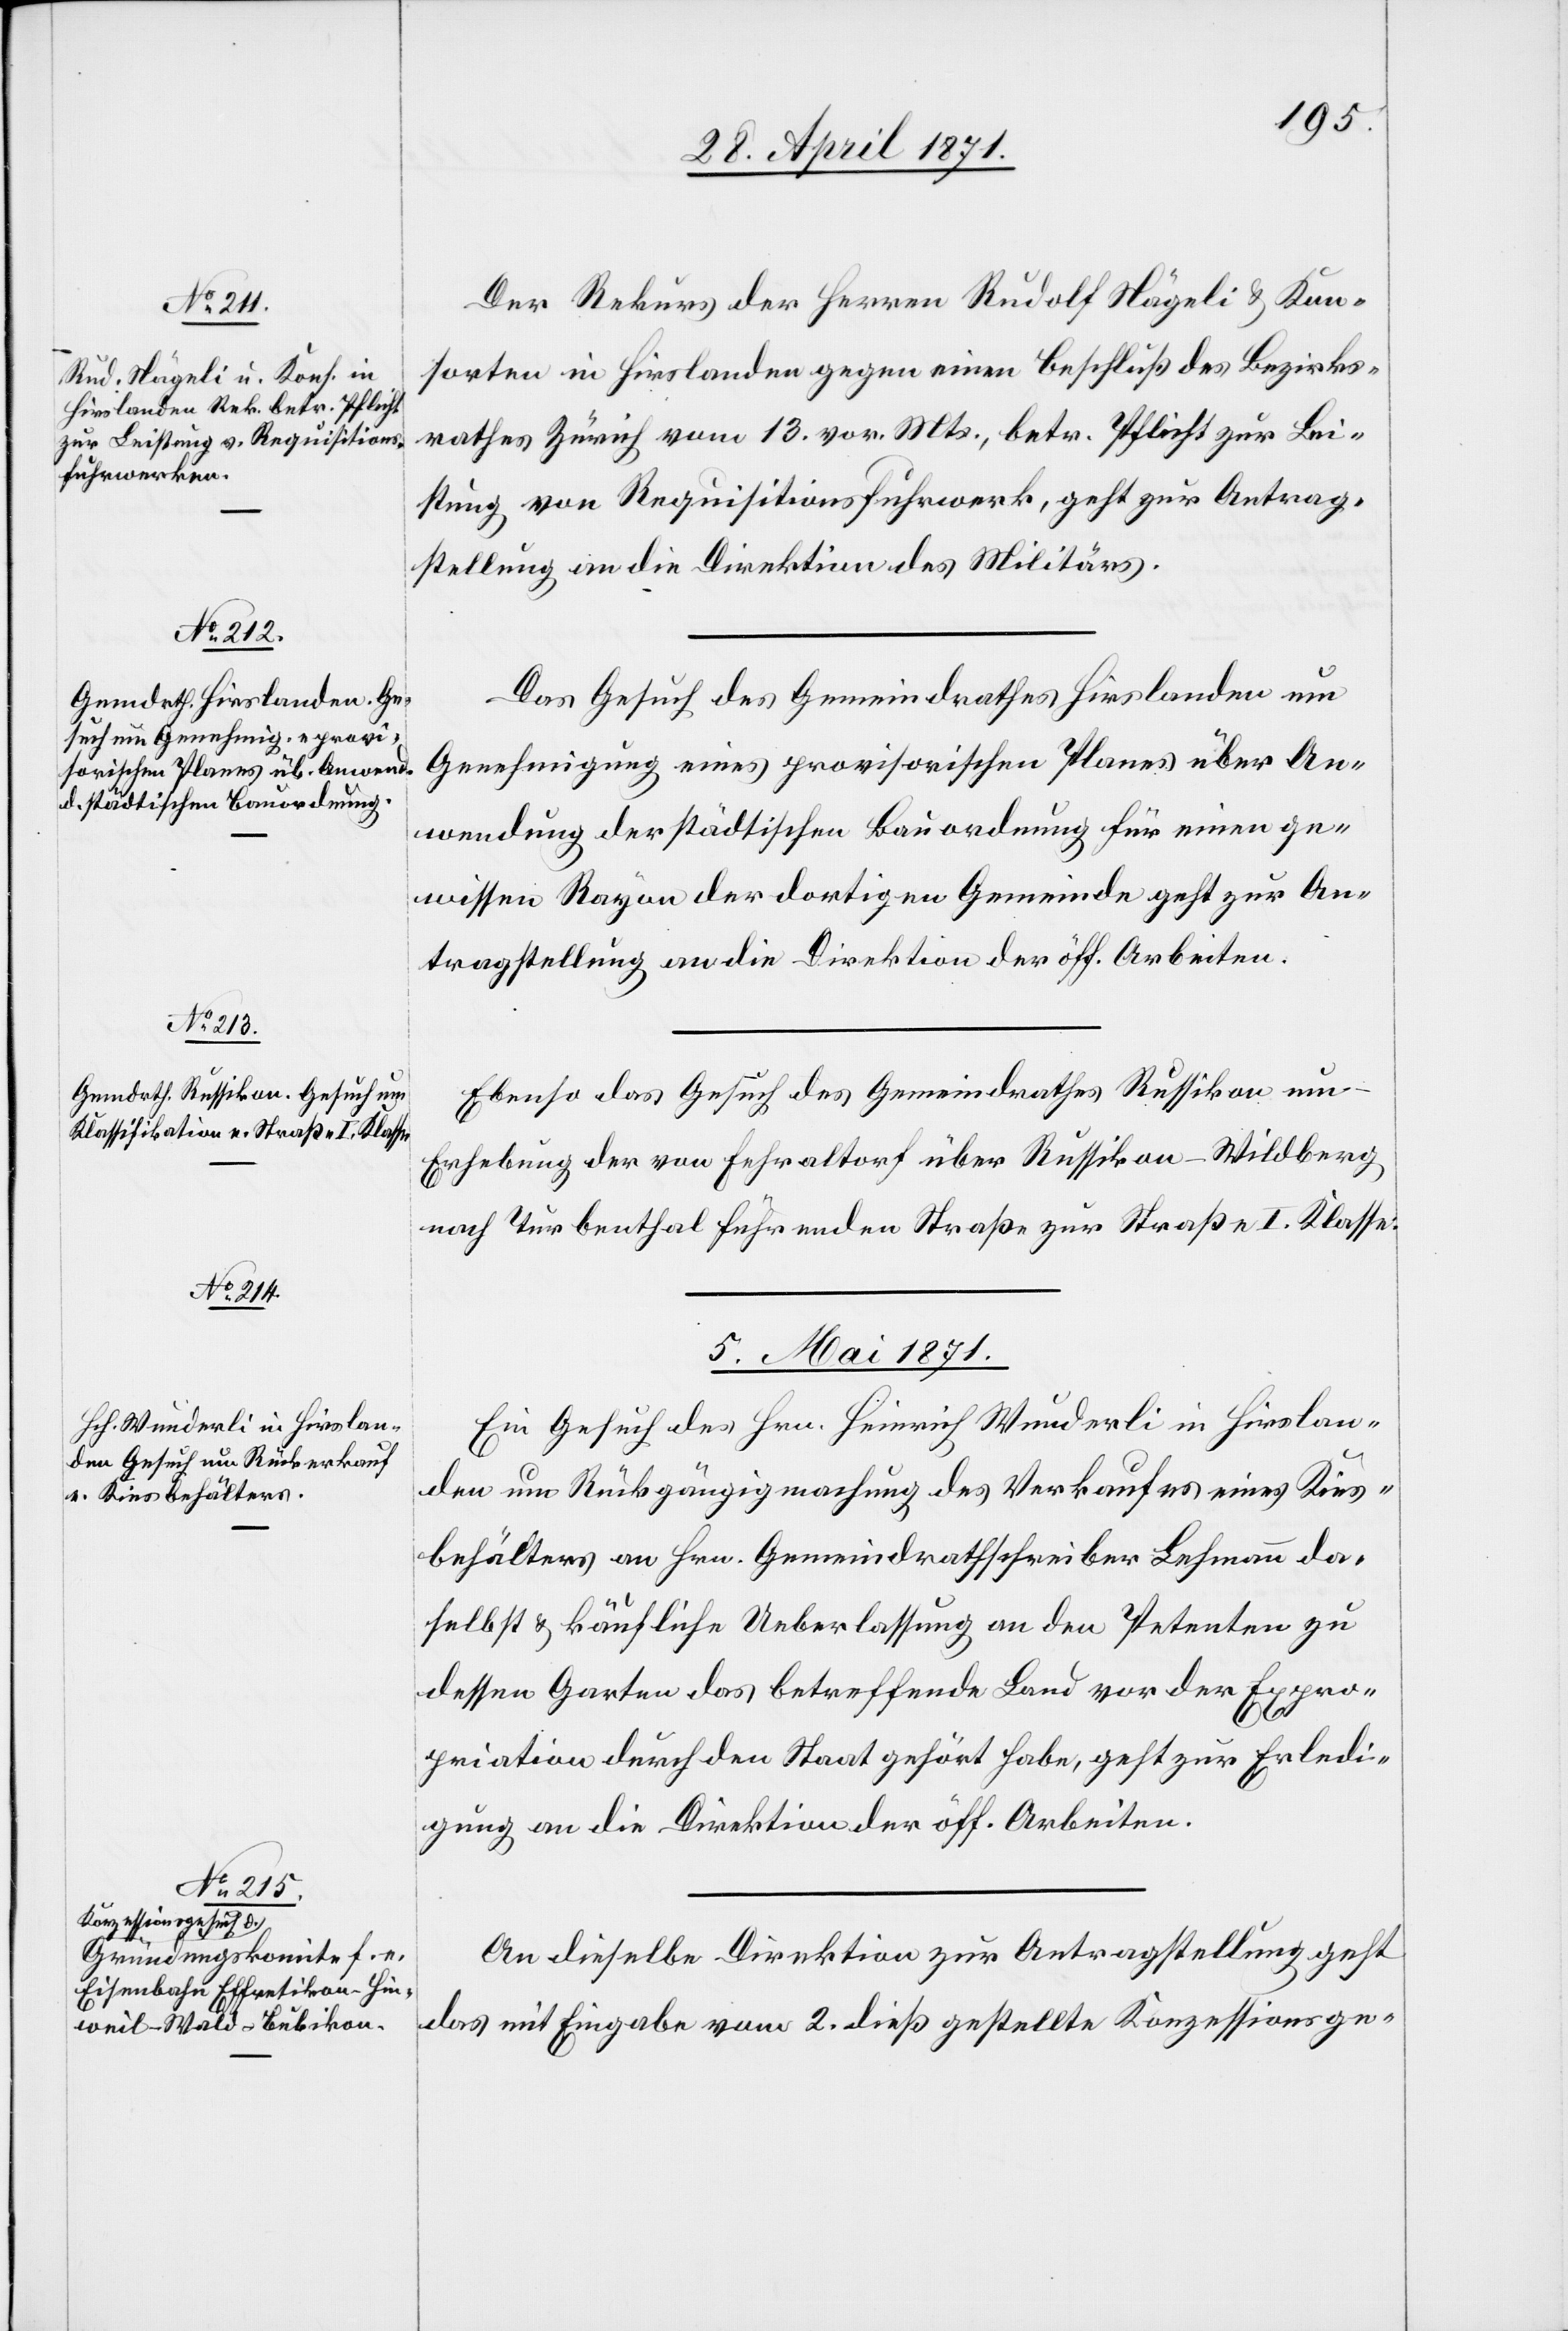
Der Rekurs der Herren Rudolf Nägeli u. Kon¬
sorten in Hirslanden gegen einen Beschluß des Bezirks¬
rathes Zürich vom 13. vor. Mts., betr. Pflicht zur Lei¬
stung von Requisitionsfuhrwerk, geht zur Antrag¬
stellung an die Direktion des Militärs.
Das Gesuch des Gemeindrathes Hirslanden um
Genehmigung eines provisorischen Planes über An¬
wendung der städtischen Bauordnung für einen ge¬
wissen Rayon der dortigen Gemeinde geht zur An¬
tragstellung an die Direktion der öff. Arbeiten.
Ebenso das Gesuch des Gemeindrathes Russikon um
Erhebung der von Fehraltorf über Russikon-Wildberg
nach Turbenthal führenden Straße zur Straße I. Klasse.
5. Mai 1871.]
Ein Gesuch des Hrn. Heinrich Wunderli in Hirslan¬
den um Rückgängigmachung des Verkaufes eines Kies¬
behälters an Hrn. Gemeindrathschreiber Lehmann da¬
selbst u. käufliche Ueberlassung an den Petenten zu
dessen Garten das betreffende Land vor der Expro¬
priation durch den Staat gehört habe, geht zur Erledi¬
gung an die Direktion der öff. Arbeiten.
An dieselbe Direktion zur Antragstellung geht
das mit Eingabe vom 2. dieß gestellte Konzessionsge-